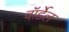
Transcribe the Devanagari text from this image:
वॉर्डेल